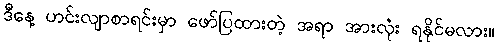
ဒီနေ့ ဟင်းလျာစာရင်းမှာ ဖော်ပြထားတဲ့ အရာ အားလုံး ရနိုင်မလား။